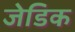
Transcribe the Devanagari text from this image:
जेडिक